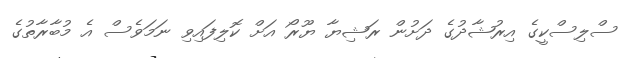
ސްލިސްކީގެ އިރުޝާދުގެ ދަށުން ރަޝިޔާ ޔޫރޯ އަށް ކޮލިފައިވި ނަމަވެސް އެ މުބާރާތުގެ